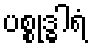
ပစ္စုဒ္ဓါရံ